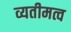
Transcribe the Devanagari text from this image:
व्यतीमत्व